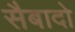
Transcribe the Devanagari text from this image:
सैबादो